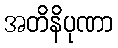
အတိနိပုဏာ